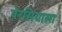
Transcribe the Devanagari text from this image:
पेरसियाला